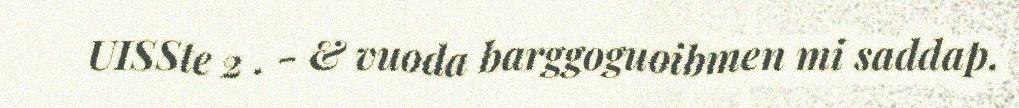
UISSte 2 . - & vuoda barggoguoibmen mi saddap.